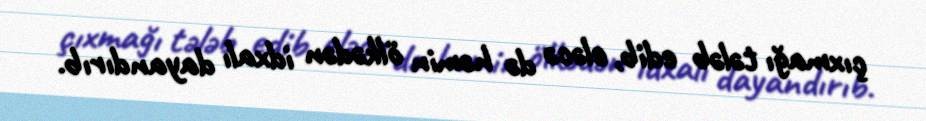
çıxmağı tələb edib, eləcə də həmin ölkədən idxalı dayandırıb.